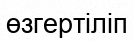
өзгертіліп